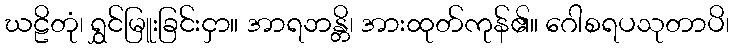
ဃဠိတုံ၊ ရွှင်မြူးခြင်းငှာ။ အာရဘန္တိ၊ အားထုတ်ကုန်၏။ ဂေါစရပသုတာပိ၊